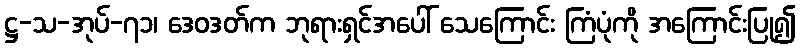
ဋ္ဌ-သ-အုပ်-၇၁၊ ဒေဝဒတ်က ဘုရားရှင်အပေါ် သေကြောင်း ကြံပုံကို အကြောင်းပြု၍